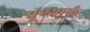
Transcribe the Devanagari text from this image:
पूण्यार्क